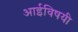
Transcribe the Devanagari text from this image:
आईविषयी